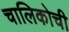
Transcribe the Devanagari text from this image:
चालिकोची